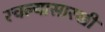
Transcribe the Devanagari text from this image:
रचल्यासारखी